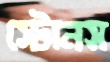
স্টোনস